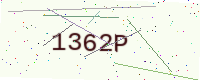
Text: 1362P